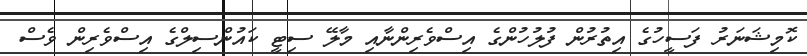
ކޮމިޝަނަރު ފަސީހުގެ އިތުރުން ފުލުހުންގެ އިސްވެރިންނާއި މާލޭ ސިޓީ ކައުންސިލްގެ އިސްވެރިން ވެސް